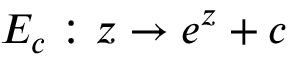
E _ { c } : z \to e ^ { z } + c